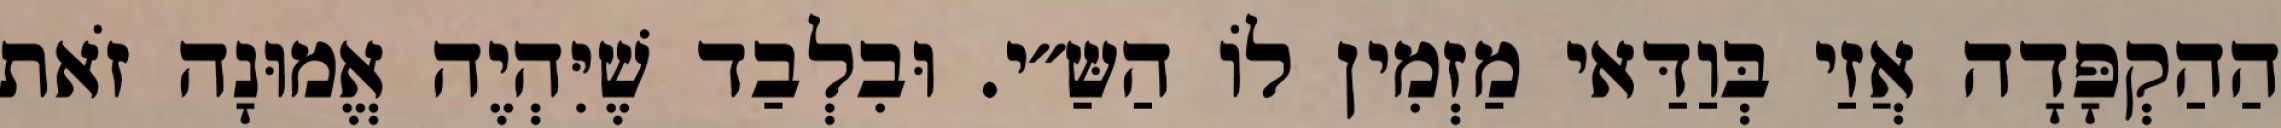
הַהַקְפָּדָה אֲזַי בְּוַדַּאי מַזְמִין לוֹ הַשַּ״י. וּבִלְבַד שֶׁיִּהְיֶה אֱמוּנָה זֹאת